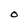
Character: O